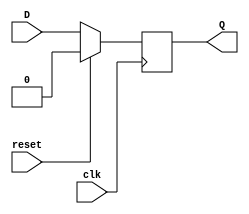
//Tanvi Shewale 2018A3PS0298P

// D FLIP FLOP SYNCHRONOUS

module d_ff_sync(D, Q, clk, reset);

input D, clk, reset;
output reg Q;
  
always @ (posedge clk)
    begin
      if(reset==1)
        Q <= 1'b0;
      else
        Q <= D;
    end
endmodule

// D FLIP FLOP SYNCHRONOUS TEST BENCH

`timescale 1ns/1ns
// `include "d_ff_sync.v"

module d_ff_sync_tb;

reg D, reset, clk;
wire Q;

d_ff_sync uut (.D(D), .Q(Q), .clk(clk), .reset(reset));


always 
#5 clk = ~clk;

initial begin
$dumpfile("d_ff_sync_tb.vcd");
$dumpvars(0,d_ff_sync_tb);

D = 1'b0;
clk = 1'b0;
reset = 1'b0;
#5
D = 1'b1; reset = 1'b0;
#5
D = 1'b1; reset = 1'b1;
#5
D = 1'b1; reset = 1'b1;
#5
D =1'b1; reset = 1'b0;
#5
D =1'b1; reset = 1'b0;
#5
D =1'b1; reset = 1'b0;
#5
D =1'b1; reset = 1'b0;
#5
D =1'b0; reset = 1'b1;
#5
D =1'b1; reset = 1'b0;
#5
D =1'b1; reset = 1'b0;
#5
D =1'b0; reset = 1'b0;
#5
D =1'b0; reset = 1'b0;
#50
$finish;
end

endmodule

// D FLIP FLOP ASYNCHRONOUS 

module d_ff_async(D, Q, clk, reset);

input D, clk, reset;
output reg Q;

always @ (posedge clk or posedge reset)
begin
      if(reset==1)
        Q <= 1'b0;
      else
        Q <= D;
    end
endmodule

// D FLIP FLOP ASYNCHRONOUS TEST BENCH

`timescale 1ns/1ns
// `include "d_ff_async.v"

module d_ff_async_tb;

reg D, reset, clk;
wire Q;

d_ff_async uut (.D(D), .Q(Q), .clk(clk), .reset(reset));

always 
#5 clk = ~clk;

initial begin
$dumpfile("d_ff_async_tb.vcd");
$dumpvars(0,d_ff_async_tb);

D = 1'b0;
clk = 1'b0;
reset = 1'b0;
#5
D = 1'b1; reset = 1'b0;
#5
D = 1'b1; reset = 1'b1;
#5
D = 1'b1; reset = 1'b1;
#5
D =1'b1; reset = 1'b0;
#5
D =1'b1; reset = 1'b0;
#5
D =1'b1; reset = 1'b0;
#5
D =1'b1; reset = 1'b0;
#5
D =1'b0; reset = 1'b1;
#5
D =1'b1; reset = 1'b0;
#5
D =1'b1; reset = 1'b0;
#5
D =1'b0; reset = 1'b0;
#5
D =1'b0; reset = 1'b0;
#50
$finish;
end

endmodule

// MOD 10 COUNTER

module counter(clk, reset, count);

input clk;
input reset;
output reg [3:0] count;

always @ (posedge clk) 
  begin  
    if (reset) begin  
      count <= 4'b0000;  
    end 
	else begin  
      if (count == 4'b1001)  
        count <= 4'b0000;  
      else  
        count <= count + 4'b0001;  
    end  
  end  
endmodule  

// MOD 10 COUNTER TEST BENCH

`timescale 1ns/1ns
// `include "counter.v"

module counter_tb;

reg clk, reset;
wire [3:0] count;  

counter uut (.clk(clk),.reset(reset),.count(count));  

always 
#5 clk = ~clk;

initial begin
 
$dumpfile("counter_tb.vcd");
$dumpvars(0,counter_tb);

clk = 1'b0; reset = 1'b1;
#10 reset = 1'b0;
#40 reset = 1'b1;
#15 reset = 1'b0;
#300
$finish; 

end


endmodule  

// DECODER

module decoder(data_in, data_out, en);

input [1:0] data_in;
input en;
output reg [3:0] data_out;

always @(data_in or en)
 begin
 if (en == 1'b1)
  begin
  case(data_in)
  2'b00 : data_out = 4'b0001;
  2'b01 : data_out = 4'b0010;
  2'b10 : data_out = 4'b0100;
  2'b11 : data_out = 4'b1000;
  default : data_out = 4'b0000;
  endcase
  end
 else 
  data_out = 4'b0000;
 end

endmodule 
 
 
 // DECODER TEST BENCH
 
`timescale 1ns/1ns
// `include "decoder.v"

module decoder_tb();

wire [3:0] data_out;
reg en;
reg [1:0] data_in;

decoder uut ( .data_in(data_in), .data_out(data_out), .en(en));

initial begin 

$dumpfile("decoder_tb.vcd");
$dumpvars(0,decoder_tb);

en = 1'b1; data_in = 2'b00;
#10 en = 1'b1; data_in = 2'b10;
#10 en = 1'b1; data_in = 2'b01;
#10 en = 1'b0; data_in = 2'b11;
#10 en = 1'b1; data_in = 2'b11;
#10 en = 1'b0; data_in = 2'b00;
#100
$finish;

end

endmodule

// SHIFT REGISTER

module shift_reg(val, inp, clk, ls);

input ls,clk;
input [7:0] inp;
output reg [7:0] val;

always @ (posedge clk)
 begin
    if (ls == 1)
	  val <= inp[7:0];
	else if (ls == 0)
	begin
      val <= {val[0],val[7:1]} ;
	end
 end
endmodule  

// SHIFT REGISTER TEST BENCH

`timescale 1ns/1ns
// `include "shift_reg.v"

module shift_reg_tb();

reg [7:0] inp ;
reg clk, ls;
wire [7:0] val;

shift_reg uut (.inp(inp), .ls(ls), .clk(clk), .val(val));

always 
#5 clk = ~clk;

initial 
begin

$dumpfile("shift_reg_tb.vcd");
$dumpvars(0,shift_reg_tb);

inp = 4'b1101;
clk = 1'b0;
ls = 1'b1;
#20
ls = 1'b0;
inp = 4'b1111;
#5
ls = 1'b0;
#10
ls = 1'b1;
#10
ls = 1'b0;
#100
$finish;
end

endmodule


// MOD 60 BCD COUNTER

module bcd_counter(clk, reset, count);

input clk;
input reset;
output reg [7:0] count;

always @ (posedge clk) 
  begin  
    if (reset == 1'b1)  
      count <= 8'b00000000;  
    else if(count == 8'b001001)
	  count <= 8'b00010000;
	else if(count == 8'b00011001)
      count <= 8'b00100000;
	else if (count == 8'b00101001)
      count <= 8'b00110000;
	else if (count == 8'b00111001)
      count <= 8'b01000000;
    else if (count == 8'b01001001)
      count <= 8'b01010000;
    else if (count ==8'b01011001)
      count <= 8'b00000000;	
	else  
      count <= count + 4'b0001;  
      
  end  
endmodule 

`timescale 1ns/1ns
// `include "bcd_counter.v"

module bcd_counter_tb;

reg clk, reset;
wire [7:0] count;  

bcd_counter uut (.clk(clk),.reset(reset),.count(count));  

always 
#5 clk = ~clk;

initial begin
 
$dumpfile("bcd_counter_tb.vcd");
$dumpvars(0,bcd_counter_tb);

clk = 1'b0; reset = 1'b1;
#10 reset = 1'b0;
#40 reset = 1'b1;
#15 reset = 1'b0;
#800
$finish; 

end


endmodule